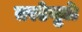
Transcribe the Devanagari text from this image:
तरडेमुळे